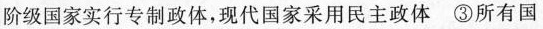
阶级国家实行专制政体，现代国家采用民主政体③所有国